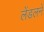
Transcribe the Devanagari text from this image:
लेंडलने